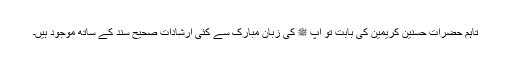
تاہم حضرات حسنین کریمینؓ کی بابت تو آپ ﷺ کی زبان مبارک سے کئی ارشادات صحیح سند کے ساتھ موجود ہیں۔